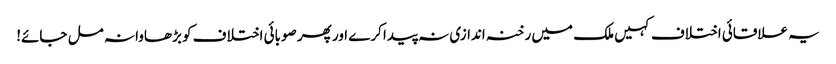
یہ علاقائی اختلاف کہیں ملک میں رخنہ اندازی نہ پیدا کرے اور پھر صوبائی اختلاف کو بڑھاوا نہ مل جائے!